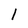
Character: l